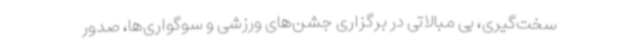
سخت‌گیری، بی مبالاتی در برگزاری جشن‌های ورزشی و سوگواری‌ها، صدور